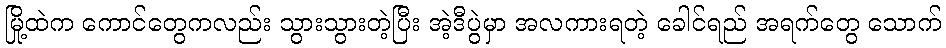
မြို့ထဲက ကောင်တွေကလည်း သွားသွားတဲ့ပြီး အဲ့ဒီပွဲမှာ အလကားရတဲ့ ခေါင်ရည် အရက်တွေ သောက်